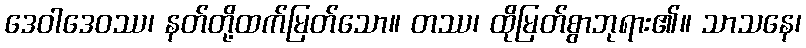
ဒေဝါဒေဝဿ၊ နတ်တို့ထက်မြတ်သော။ တဿ၊ ထိုမြတ်စွာဘုရား၏။ သာသနေ၊